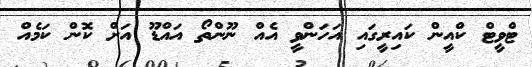
ޓްވީޓް ކްއީން ކައިރީގައި އަހަންވީ އެއް ނޫންތޯ އައްޑޫ އަށް ކޮން ކަމެއް